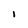
Character: I